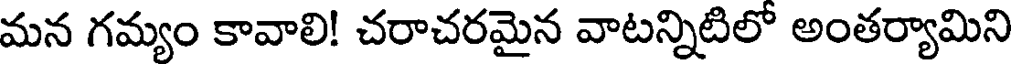
మన గమ్యం కావాలి! చరాచరమైన వాటన్నిటిలో అంతర్యామిని